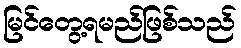
မြင်တွေ့ရမည်ဖြစ်သည်